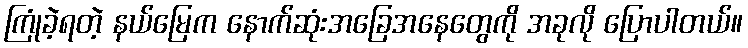
ကြုံခဲ့ရတဲ့ နယ်မြေက နောက်ဆုံးအခြေအနေတွေကို အခုလို ပြောပါတယ်။